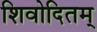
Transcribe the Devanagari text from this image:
शिवोदितम्